Indian journal of veterinary science and animal husbandry - Volume 8,
Year: 1938
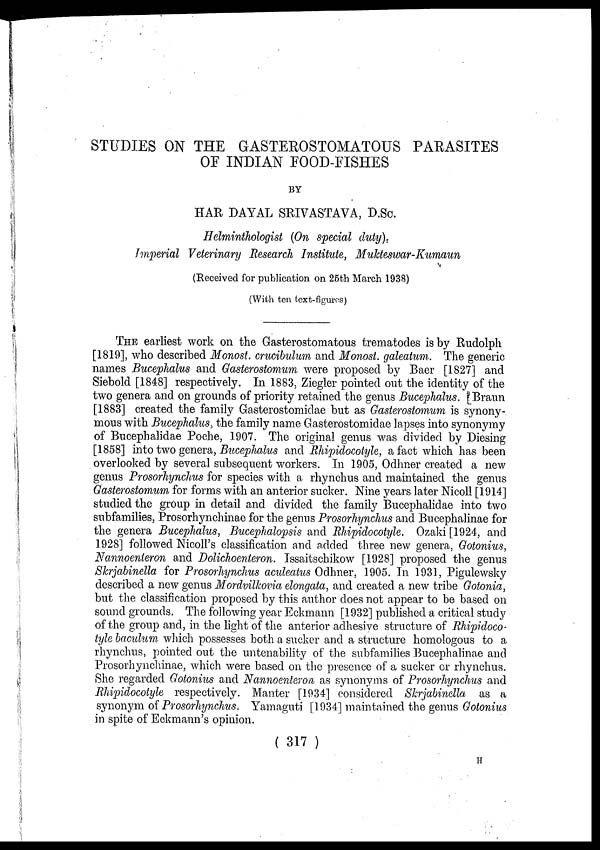
STUDIES ON THE GASTEROSTOMATOUS PARASITES
OF INDIAN FOOD-FISHES
BY
HAR DAYAL SRIVASTAVA, D.Sc.
Helminthologist (On special duty),
Imperial Veterinary Research Institute, Mukteswar-Kumaun
(Received for publication on 25th March 1938)
(With ten text-figures)
THE earliest work on the Gasterostomatous trematodes is by Rudolph
[1819], who described Monost. crucibulum and Monost. galeatum. The generic
names Bucephalus and Gasterostomum were proposed by Baer [1827] and
Siebold [1848] respectively. In 1883, Ziegler pointed out the identity of the
two genera and on grounds of priority retained the genus Bucephalus. [Braun
[1883] created the family Gasterostomidae but as Gasterostomum is synony-
mous with Bucephalus, the family name Gasterostomidae lapses into synonymy
of Bucephalidae Poche, 1907. The original genus was divided by Diesing
[1858] into two genera, Bucephalus and Rhipidocotyle, a fact which has been
overlooked by several subsequent workers. In 1905, Odhner created a new
genus Prosorhynchus for species with a rhynchus and maintained the genus
Gasterostomum for forms with an anterior sucker. Nine years later Nicoll [1914]
studied the group in detail and divided the family Bucephalidae into two
subfamilies, Prosorhynchinae for the genus Prosorhynchus and Bucephalinae for
the genera Bucephalus, Bucephalopsis and Rhipidocotyle. Ozaki [1924, and
1928] followed Nicoll's classification and added three new genera, Gotonius,
Nannoenteron and Dolichoenteron. Issaitschikow [1928] proposed the genus
Skrjabinella for Prosorhynchus aculeatus Odhner, 1905. In 1931, Pigulewsky
described a new genus Mordvilkovia elongata, and created a new tribe Gotonia,
but the classification proposed by this author does not appear to be based on
sound grounds. The following year Eckmann [1932] published a critical study
of the group and, in the light of the anterior adhesive structure of Rhipidoco-
tyle baculum which possesses both a sucker and a structure homologous to a
rhynchus, pointed out the untenability of the subfamilies Bucephalinae and
Prosorhynchinae, which were based on the presence of a sucker or rhynchus.
She regarded Gotonius and Nannoenteron as synonyms of Prosorhynchus and
Rhipidocotyle respectively. Manter [1934] considered Skrjabinella as a
synonym of Prosorhynchus. Yamaguti [1934] maintained the genus Gotonius
in spite of Eckmann's opinion.
( 317 )
H